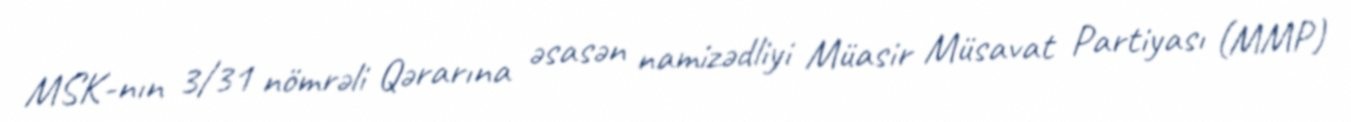
MSK-nın 3/31 nömrəli Qərarına əsasən namizədliyi Müasir Müsavat Partiyası (MMP)